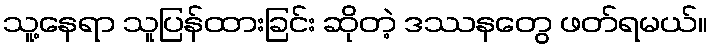
သူ့နေရာ သူပြန်ထားခြင်း ဆိုတဲ့ ဒဿနတွေ ဖတ်ရမယ်။